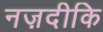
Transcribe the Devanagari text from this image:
नज़दीकि